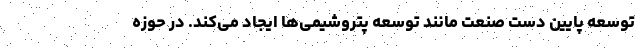
توسعه پایین دست صنعت مانند توسعه پتروشیمی‌ها ایجاد می‌کند. در حوزه